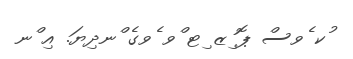
ުކ ެވސް ޕޮ ިޒ ިޓ ްވ ެވގެ ްނދިޔަ. އި ްނ